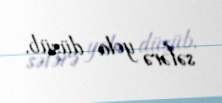
səfərə yola düşüb.